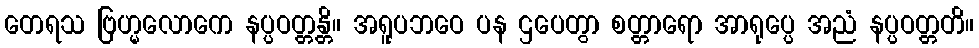
တေရသ ဗြဟ္မလောကေ နပ္ပဝတ္တန္တိ။ အရူပဘဝေ ပန ဌပေတွာ စတ္တာရော အာရုပ္ပေ အညံ နပ္ပဝတ္တတိ။